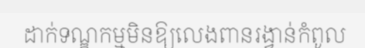
ដាក់ទណ្ឌកម្មមិនឱ្យលេងពានរង្វាន់កំពូល